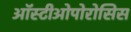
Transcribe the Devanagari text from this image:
ऑस्टीओपोरोसिस